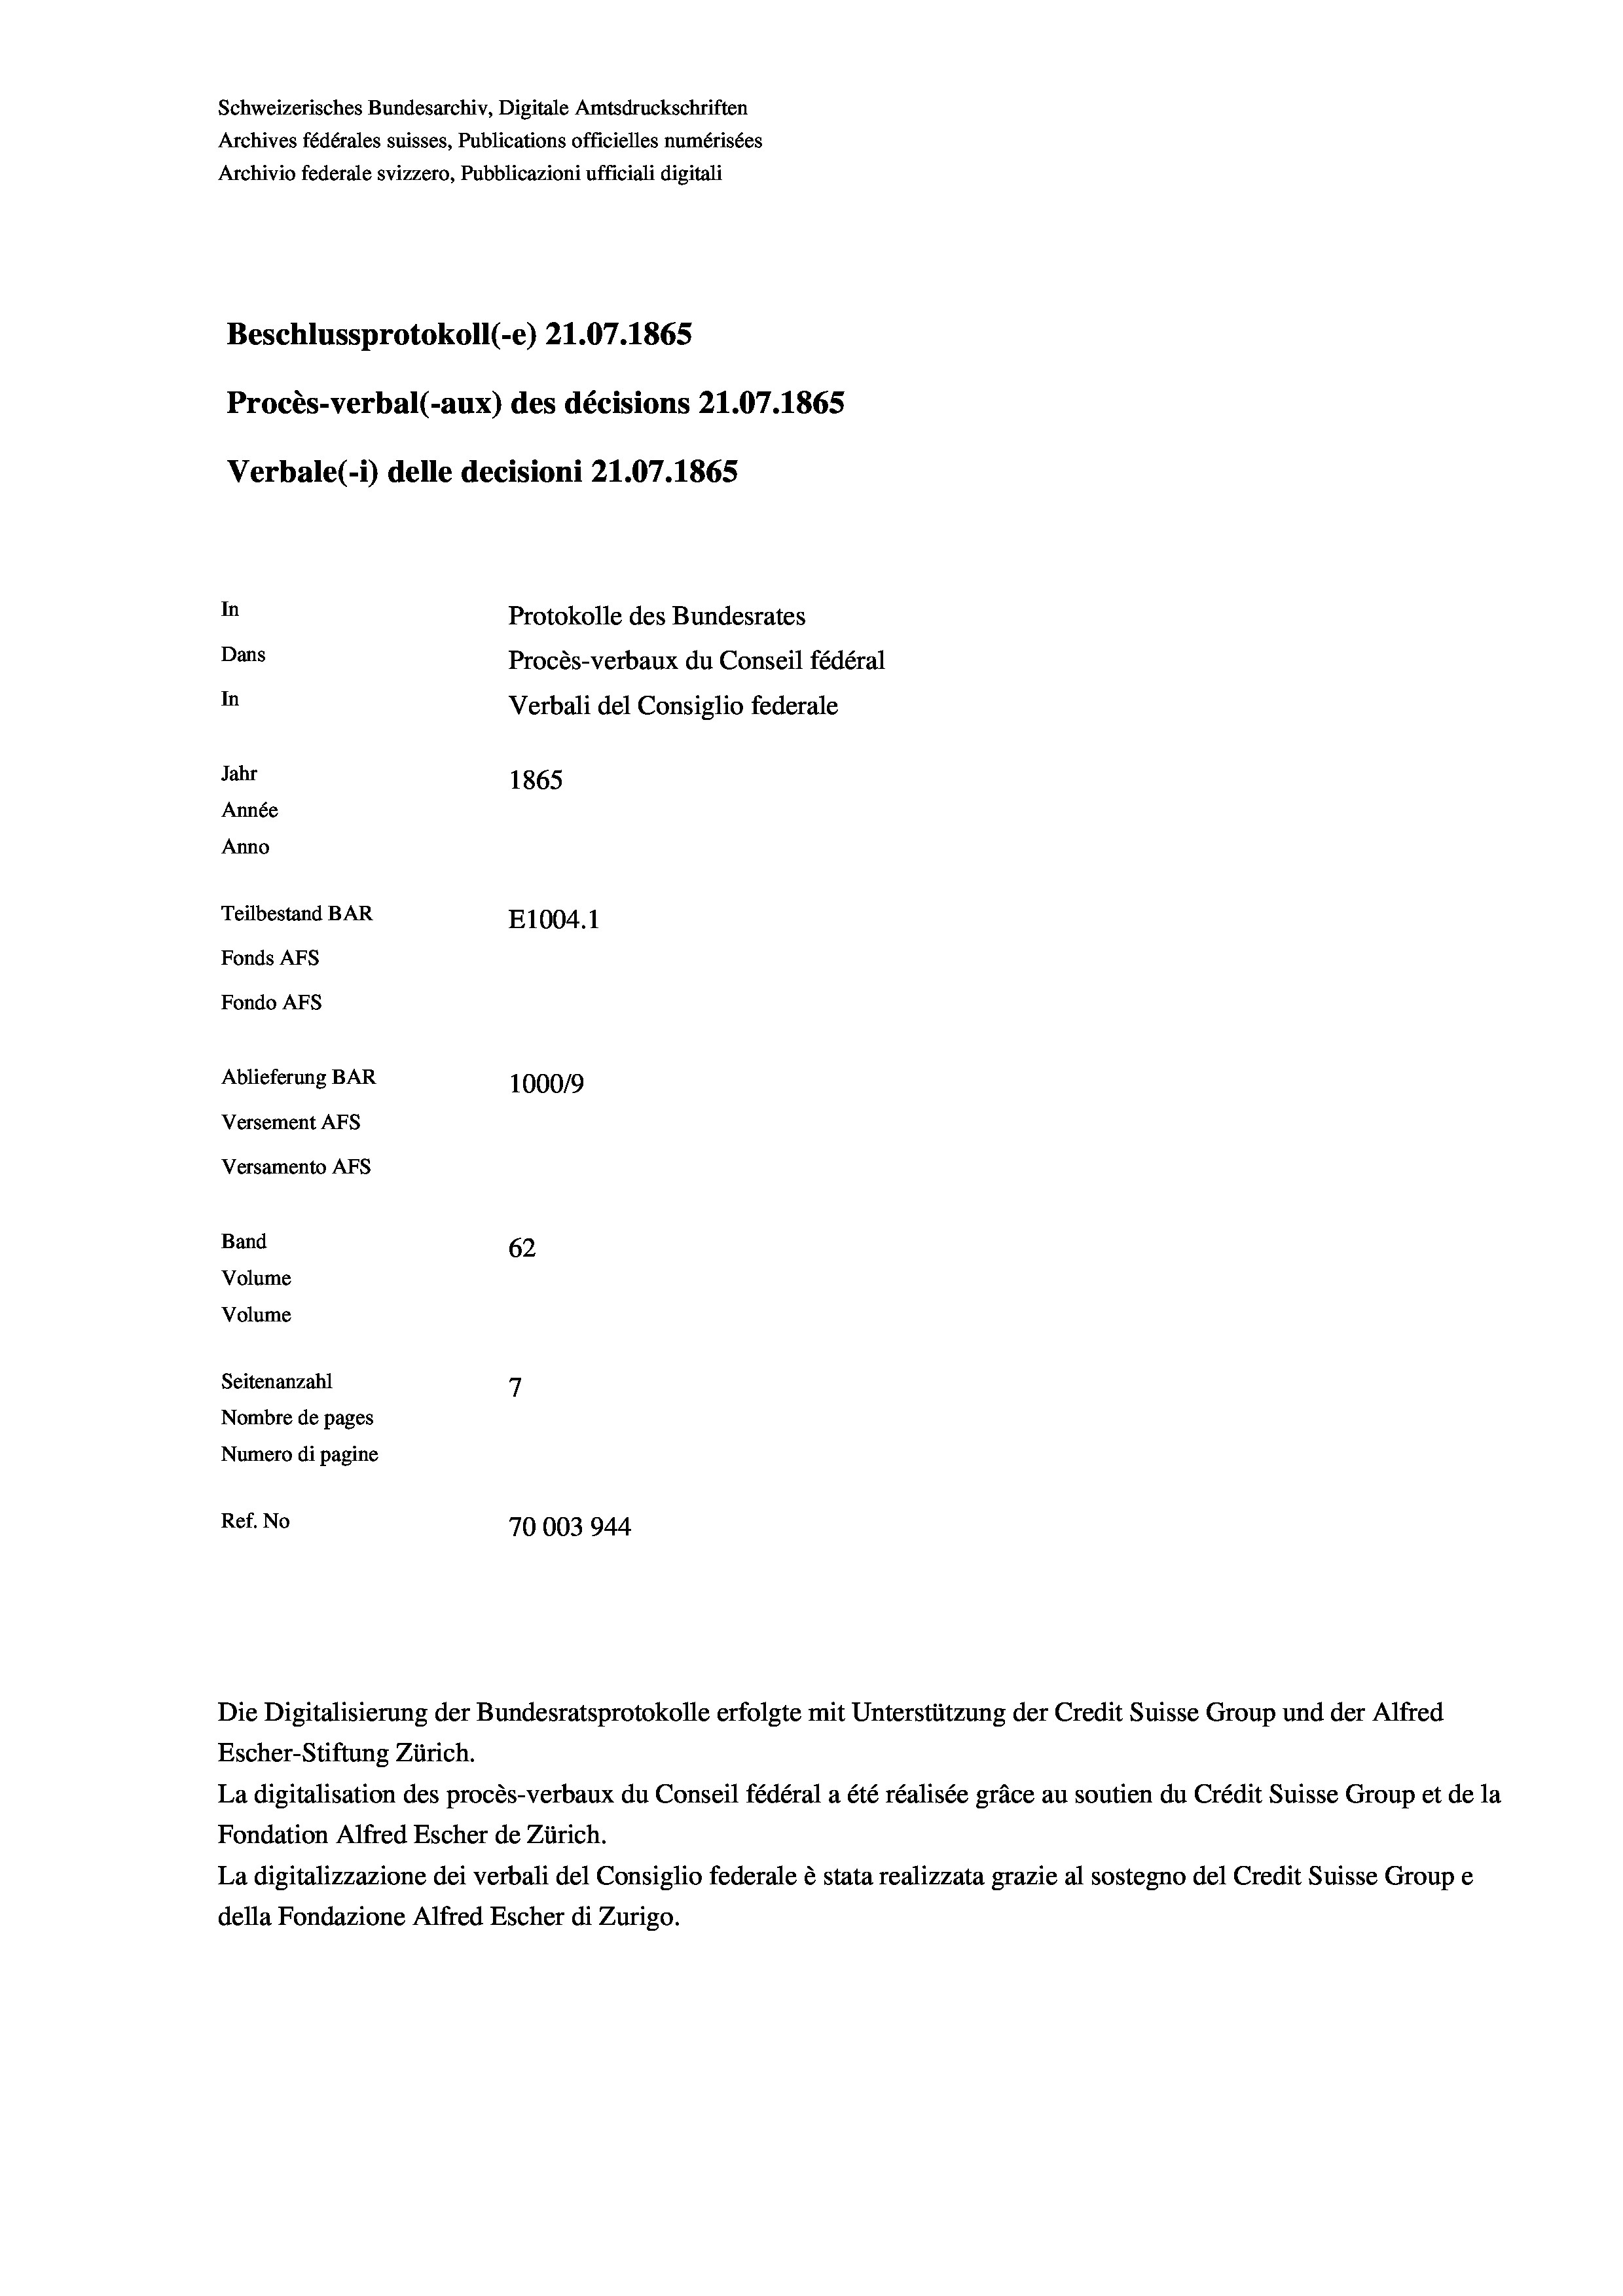
Schweizerisches Bundesarchiv, Digitale Amtsdruckschriften
Archives fédérales suisses, Publications officielles numérisées
Archivio federale svizzero, Pubblicazioni ufficiali digitali
Beschlussprotokoll (-e) 21.07. 1865
Procès-verbal (-aux) des décisions 21.07.1865
Verbale (- 1) delle decisioni 21.07. 1865
In
Protokolle des Bundesrates
Dans
Procès-verbaux du Conseil fédéral
In
Verbali del Consiglio federale
Jahr
1865
Année
Anno
Teilbestand BAR
E1004.1
Fonds AFs
Fondo AFS
Ablieferung BAR
1000/9
Versement Abs
Versamento Afs
Band
62
Volume
Volume
7
Seitenanzahl
Nombre de pages
Numero di pagine
Ref. No
70003944

Die Digitalisierung der Bundesratsprotokolle erfolgte mit Unterstützung der Credit Suisse Group und der Alfred

Escher-Stiftung Zürich.
La digitalisation des procès-verbaux du Conseil fédéral a été réalisée gräce au soutien du Crédit Suisse Group et de la
Fondation Alfred Escher de Zürich.
La digitalizzazione dei verbali del Consiglio federale è stata realizzata grazie al sostegno del Credit Suisse Groupe
della Fondazione Alfred Escher di Zurigo.